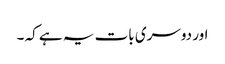
اور دوسری بات یہ ہے کہ ۔